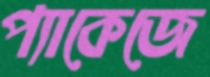
প্যাকেজে